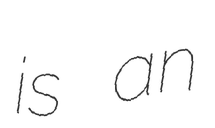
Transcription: is an